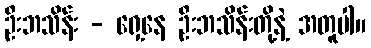
ဦးဘသိန်း - ရှေ့နေ ဦးဘသိန်းတို့နဲ့ အတူပါ။